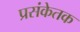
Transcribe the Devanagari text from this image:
प्रसंकेतक